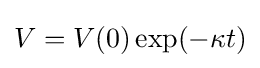
V=V(0)\exp(-\kappa t)